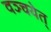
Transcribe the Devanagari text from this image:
वञ्चयेत्